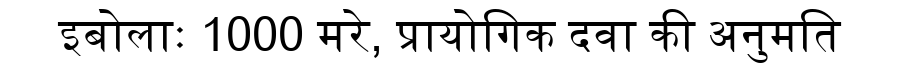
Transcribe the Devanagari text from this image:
इबोलाः 1000 मरे, प्रायोगिक दवा की अनुमति